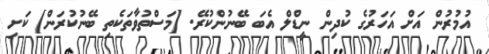
އުމުރުން އަށް އަހަރުގެ ކުދިން ނީޑްލް އެބަ ބޭނުންކުރޭ. [މަސްތުވާތަކެތި ބޭނުކުރަން] ކަށި